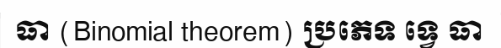
ធា (Binomial theorem) ប្រភេទ ទ្វេ ធា